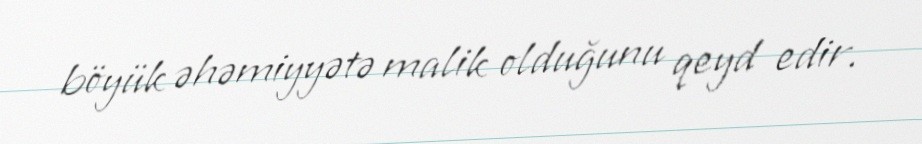
böyük əhəmiyyətə malik olduğunu qeyd edir.